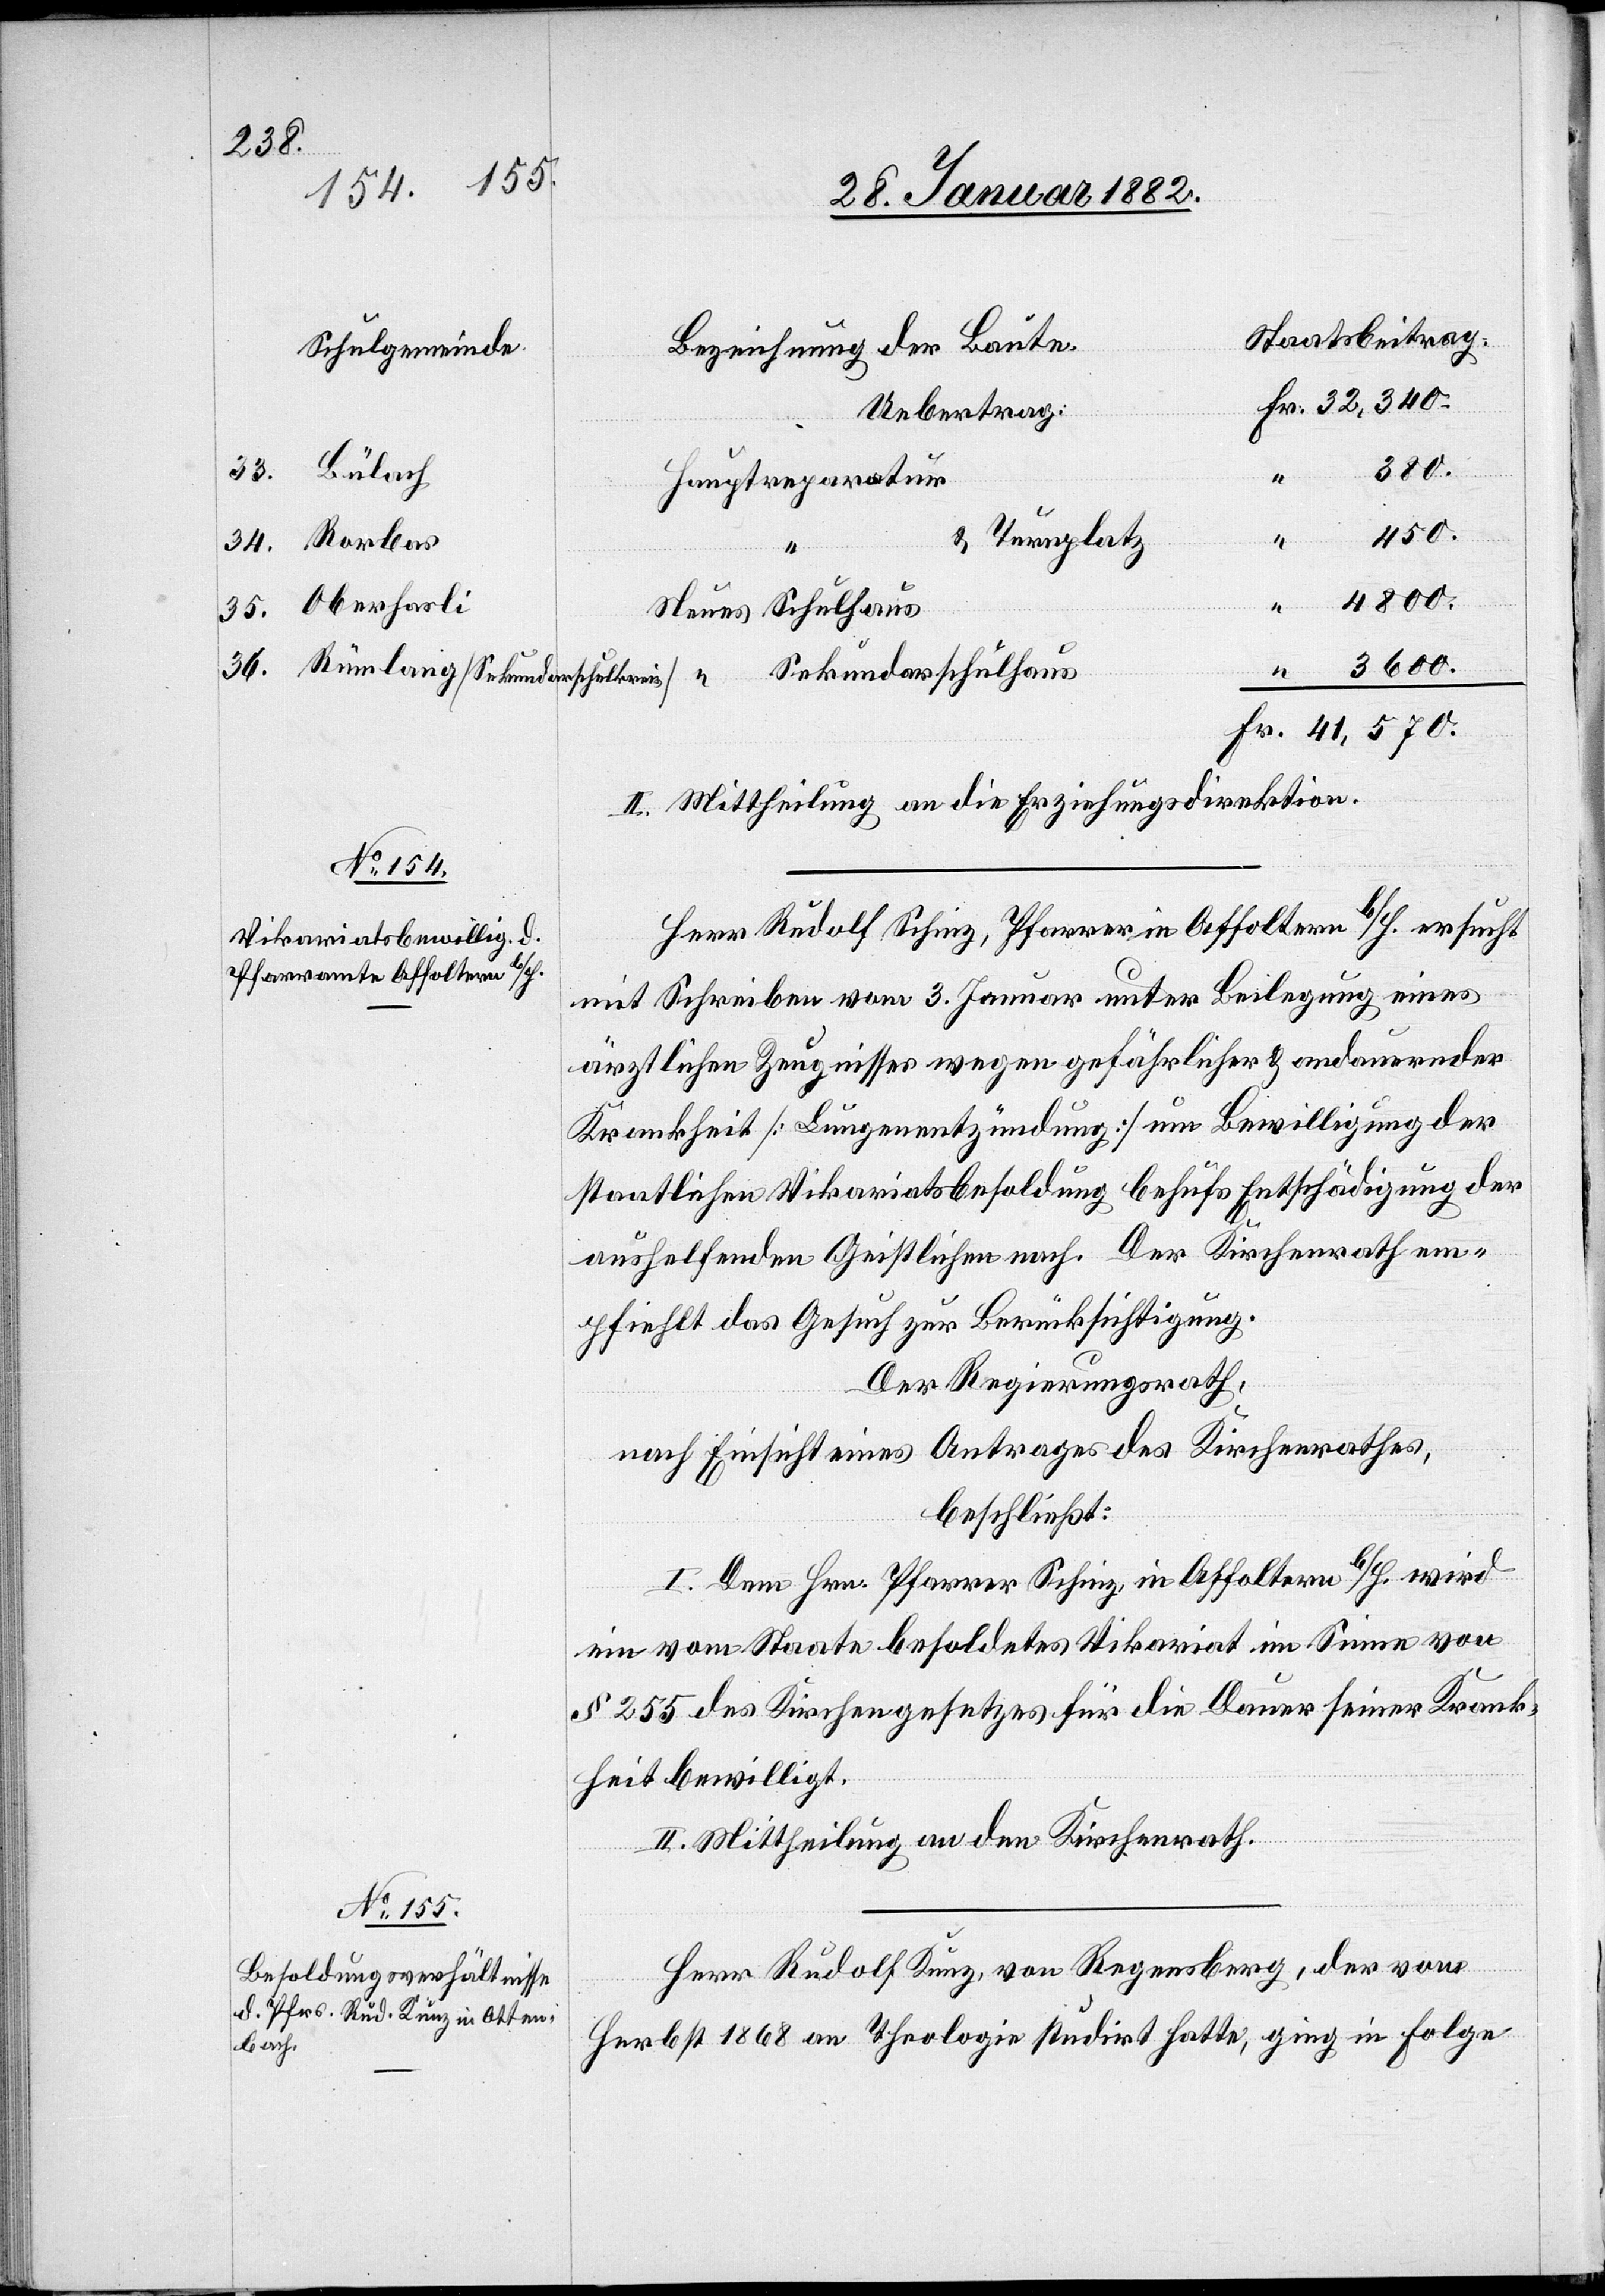
36.
380.
33. Bülach
Hauptreparatur
4800.
& Turnplatz
34. Rorbas
35. Oberhasli
Neues Schulhaus
“ 3600.
Fr. 41,570.
II. Mittheilung an die Erziehungsdirektion.
Herr Rudolf Schinz, Pfarrer in Affoltern b/H. ersucht
mit Schreiben vom 3. Januar unter Beilegung eines
ärztlichen Zeugnisses wegen gefährlicher & andauernder
Krankheit [Lungenentzündung] um Bewilligung der
staatlichen Vikariatsbesoldung behufs Entschädigung der
aushelfenden Geistlichen nach. Der Kirchenrath em¬
pfiehlt das Gesuch zur Berücksichtigung.
Der Regierungsrath,
nach Einsicht eines Antrages des Kirchenrathes,
beschließt:
I. Dem Hrn. Pfarrer Schinz, in Affoltern b/H. wird
ein vom Staate besoldetes Vikariat im Sinne von
§ 255 des Kirchengesetzes für die Dauer seiner Krank¬
heit bewilligt
II. Mittheilung an den Kirchenrath.
Herr Rudolf Kunz, von Regensberg, der von
Herbst 1868 an Theologie studirt hatte, ging in Folge